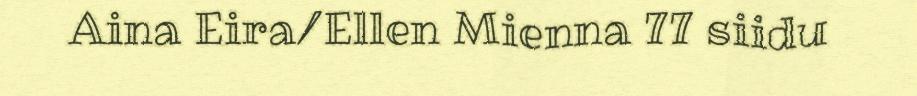
Aina Eira/Ellen Mienna 77 siidu